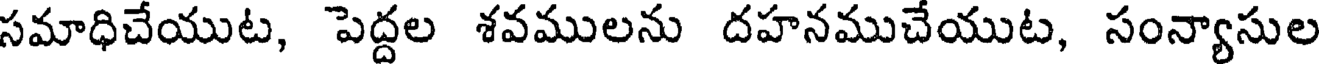
సమాధిచేయుట, పెద్దల శవములను దహనముచేయుట, సంన్యాసుల